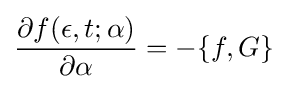
{\frac {\partial f(\epsilon ,t;\alpha )}{\partial \alpha }}=-\{f,G\}